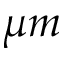
\mu m